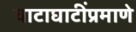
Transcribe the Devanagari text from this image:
वाटाघाटींप्रमाणे